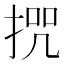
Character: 𭡒